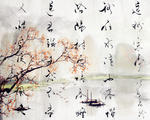
送君归去愁不尽，又惜空度凉风天。